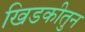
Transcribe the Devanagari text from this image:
खिडकीतुन